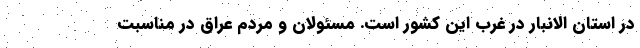
در استان الانبار در غرب این کشور است. مسئولان و مردم عراق در مناسبت